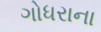
ગોધરાના